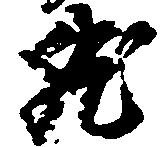
然